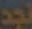
تجد